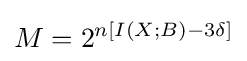
M=2^{n\left[I\left(X;B\right)-3\delta \right]}